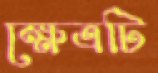
ক্ষেত্রটি